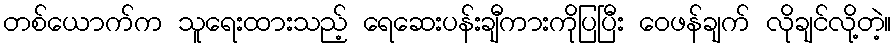
တစ်ယောက်က သူရေးထားသည့် ရေဆေးပန်းချီကားကိုပြပြီး ဝေဖန်ချက် လိုချင်လို့တဲ့။